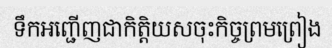
ទឹកអញ្ជើញជាកិត្តិយសចុះកិច្ចព្រមព្រៀង